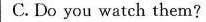
C. Do you watch them?